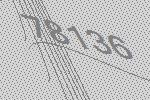
78136